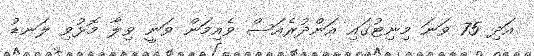
އަދި 75 ވަނަ މިނިޓުގައި އަަންދުރެއަސް ވެއިމަން ވަނީ ވިލާ މޮޅުވި ލަނޑު